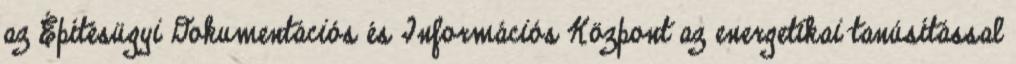
az Építésügyi Dokumentációs és Információs Központ az energetikai tanúsítással